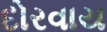
દોરવાય